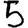
Digit: 5